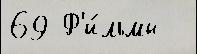
69 Ф'и́льмы